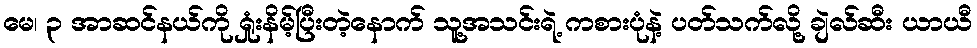
မေ၊ ၃ အာဆင်နယ်ကို ရှုံးနိမ့်ပြီးတဲ့နောက် သူ့အသင်းရဲ့ ကစားပုံနဲ့ ပတ်သက်လို့ ချဲလ်ဆီး ယာယီ